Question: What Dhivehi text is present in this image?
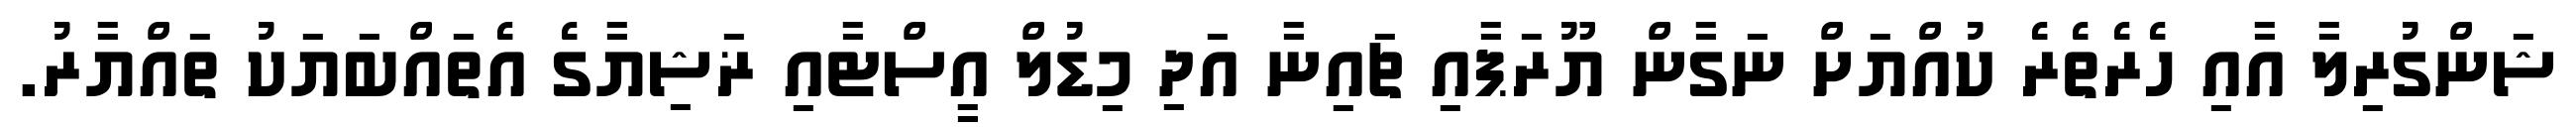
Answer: ޝަންގުރިލާ އާއި ހެރެތެރެ ކުއްޔަށް ނަގާން ޔޫރަޕާއި ޗައިނާ އަދި މިޑުލް އީސްޓާއި ޜަޝިޔާގެ އެތައްބަޔަކު ތައްޔާރު.